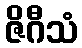
ဇိဂီသံ